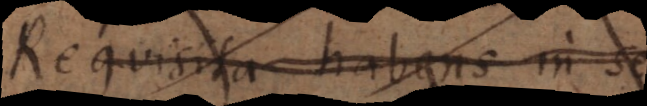
Requisita habens in se